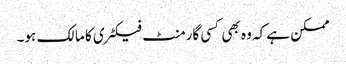
ممکن ہے کہ وہ بھی کسی گارمنٹ فیکٹری کا مالک ہو۔